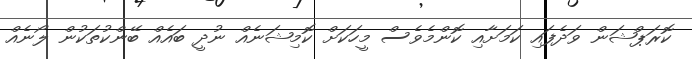
ކޮރަޕްޝަން ވަދެފައި ކަމަށާއި ކޮންމެވެސް މީހަކަށް ކޮމިޝަނެއް ނުދީ ބައެއް ބޭންކުތަކުން ލޯނެއް